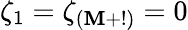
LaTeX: \zeta_{1}=\zeta_{(\mathbf{M}+!)}=0